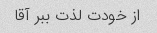
از خودت لذت ببر آقا